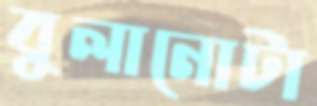
বুলানোটা